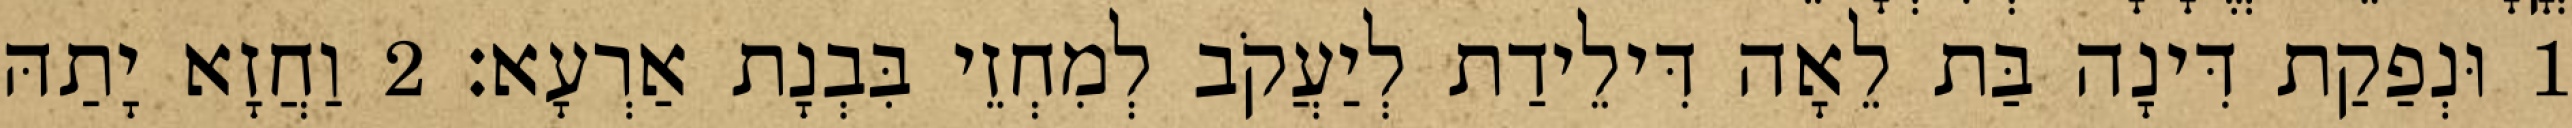
1 וּנְפַקַת דִּינָה בַּת לֵאָה דִּילֵידַת לְיַעֲקֹב לְמִחְזֵי בִּבְנָת אַרְעָא׃ 2 וַחֲזָא יָתַהּ